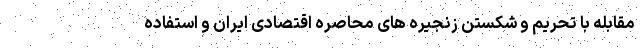
مقابله با تحریم و شکستن زنجیره های محاصره اقتصادی ایران و استفاده